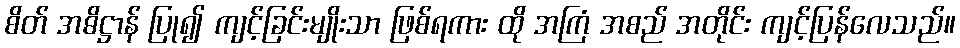
စိတ် အဓိဋ္ဌာန် ပြု၍ ကျင့်ခြင်းမျိုးသာ ဖြစ်ရကား ထို အကြံ အစည် အတိုင်း ကျင့်ပြန်လေသည်။